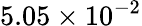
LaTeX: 5.05\times 10^{-2}